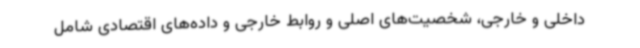
داخلی و خارجی، شخصیت‌های اصلی و روابط خارجی و داده‌های اقتصادی شامل